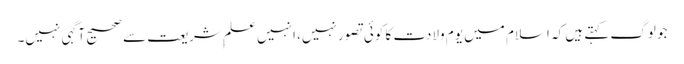
جو لوگ کہتے ہیں کہ اسلام میں یومِ ولادت کا کوئی تصور نہیں، انہیں علمِ شریعت سے صحیح آگہی نہیں۔